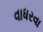
વાધરવા